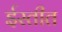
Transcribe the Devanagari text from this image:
ईस्तीत